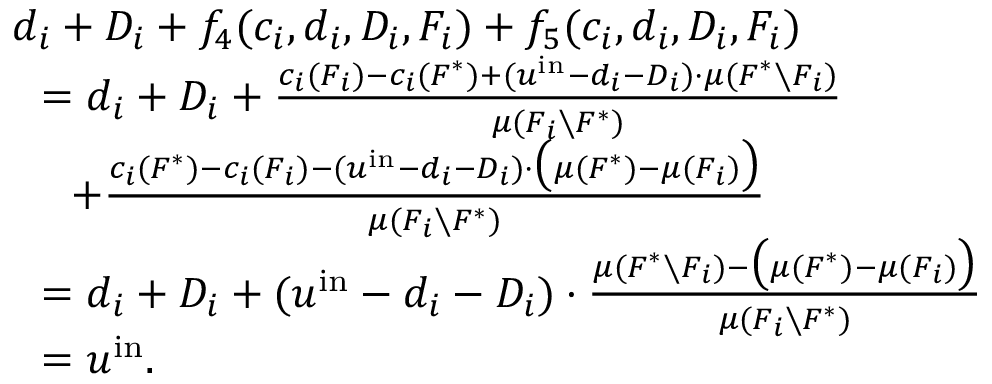
\begin{array} { r l } & { d _ { i } + D _ { i } + f _ { 4 } ( c _ { i } , d _ { i } , D _ { i } , F _ { i } ) + f _ { 5 } ( c _ { i } , d _ { i } , D _ { i } , F _ { i } ) } \\ { } & { ~ ~ = d _ { i } + D _ { i } + \frac { c _ { i } ( F _ { i } ) - c _ { i } ( F ^ { * } ) + ( u ^ { \mathrm { i n } } - d _ { i } - D _ { i } ) \cdot \mu ( F ^ { * } \setminus F _ { i } ) } { \mu ( F _ { i } \setminus F ^ { * } ) } } \\ { } & { ~ ~ ~ ~ + \frac { c _ { i } ( F ^ { * } ) - c _ { i } ( F _ { i } ) - ( u ^ { \mathrm { i n } } - d _ { i } - D _ { i } ) \cdot \big ( \mu ( F ^ { * } ) - \mu ( F _ { i } ) \big ) } { \mu ( F _ { i } \setminus F ^ { * } ) } } \\ { } & { ~ ~ = d _ { i } + D _ { i } + ( u ^ { \mathrm { i n } } - d _ { i } - D _ { i } ) \cdot \frac { \mu ( F ^ { * } \setminus F _ { i } ) - \big ( \mu ( F ^ { * } ) - \mu ( F _ { i } ) \big ) } { \mu ( F _ { i } \setminus F ^ { * } ) } } \\ { } & { ~ ~ = u ^ { \mathrm { i n } } . } \end{array}